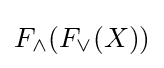
F_{\wedge }(F_{\vee }(X))